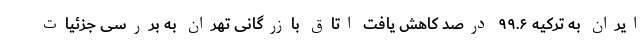
ایران به ترکیه ۹۹.۶ درصد کاهش یافت اتاق بازرگانی تهران به بررسی جزئیات